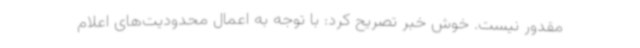
مقدور نیست. خوش خبر تصریح کرد: با توجه به اعمال محدودیت‌های اعلام